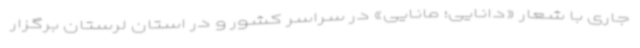
جاری با شعار «دانایی؛ مانایی» در سراسر کشور و در استان لرستان برگزار